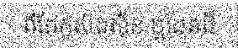
ពីដែកូស័ងស៊ីន ឬដែនដី